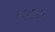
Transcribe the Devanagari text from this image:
३२५२